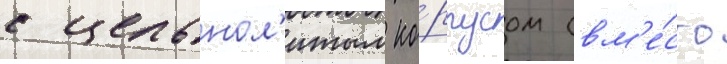
с цельнол'итым ко́рпусом (вм'е́сто